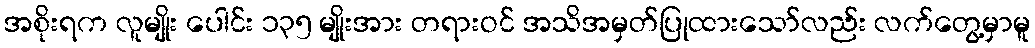
အစိုးရက လူမျိုး ပေါင်း ၁၃၅ မျိုးအား တရားဝင် အသိအမှတ်ပြုထားသော်လည်း လက်တွေ့မှာမူ